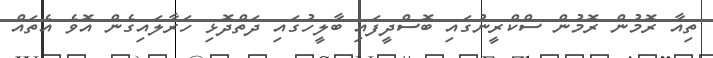
ތިއާ ރޮމުން ރޮމުން ސްކްރީނުގައި ބޮސްދީފައި ބާލީހުގައި ދަތްދޮޅި ހަރާލައިގެން އޮވެ އެތައް